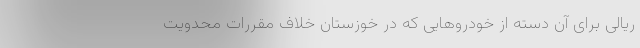
ریالی برای آن دسته از خودروهایی که در خوزستان خلاف مقررات محدویت